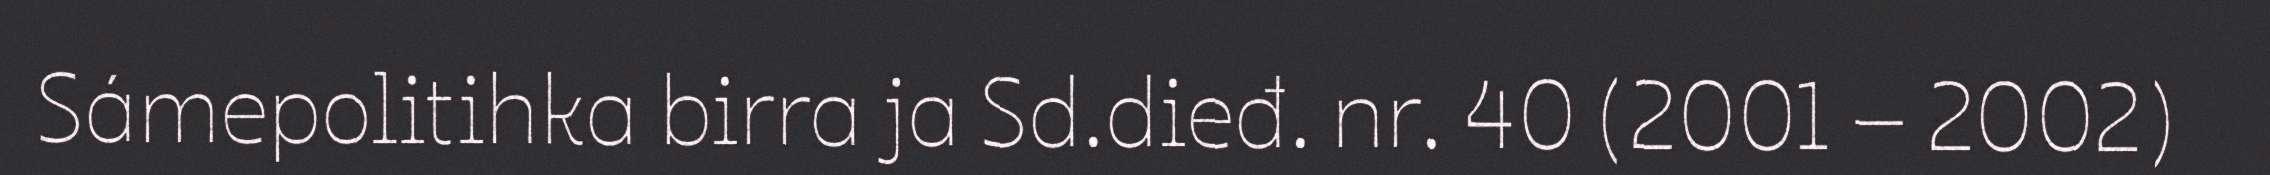
Sámepolitihka birra ja Sd.dieđ. nr. 40 (2001 – 2002)